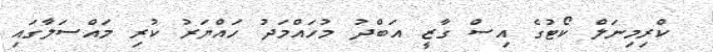
ކްރިމިނަލް ކޯޓުގެ އިސް ގާޒީ އަބްދު މުހައްމަދު ހައްޔަރު ކުރި މައްސަލާގައި